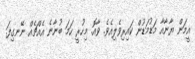
އީމަން ޔާނާއާ މަޑުމަޑުން ކައިރިވެލިއެވެ. ވާއޮ. މިހުރީ ހަމަ ބުނާނެ އެއްޗެއް ނޭނގިފަ.